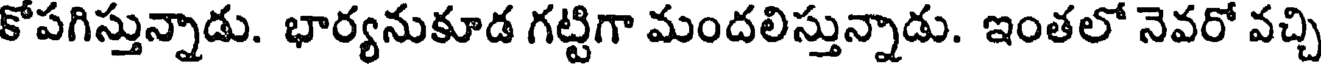
కోపగిస్తున్నాడు. భార్యనుకూడ గట్టిగా మందలిస్తున్నాడు. ఇంతలో నెవరో వచ్చి